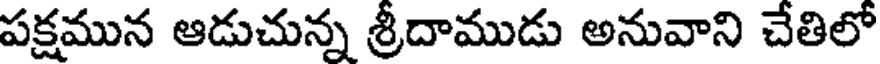
పక్షమున ఆడుచున్న శ్రీదాముడు అనువాని చేతిలో